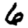
Digit: 6